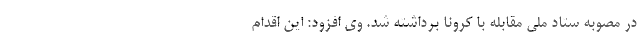
در مصوبه ستاد ملی مقابله با کرونا برداشته شد. وی افزود: این اقدام